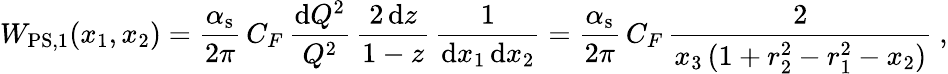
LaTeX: W_{\mathrm{PS,1}}(x_{1},x_{2})=\frac{\alpha_{\mathrm{s}}}{2\pi}\, C_{F}\, \frac{{\mathrm{d}}Q^{2}}{Q^{2}}\, \frac{2\, {\mathrm{d}}z}{1-z}\, \frac{1}{{\mathrm{d}}x_{1}\, {\mathrm{d}}x_{2}}=\frac{\alpha_{\mathrm{s}}}{2\pi}\, C_{F}\, \frac{2}{x_{3}\, (1+r_{2}^{2}-r_{1}^{2}-x_{2})}~,